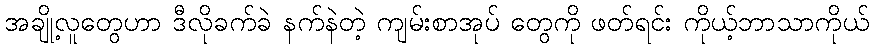
အချို့လူတွေဟာ ဒီလိုခက်ခဲ နက်နဲတဲ့ ကျမ်းစာအုပ် တွေကို ဖတ်ရင်း ကိုယ့်ဘာသာကိုယ်